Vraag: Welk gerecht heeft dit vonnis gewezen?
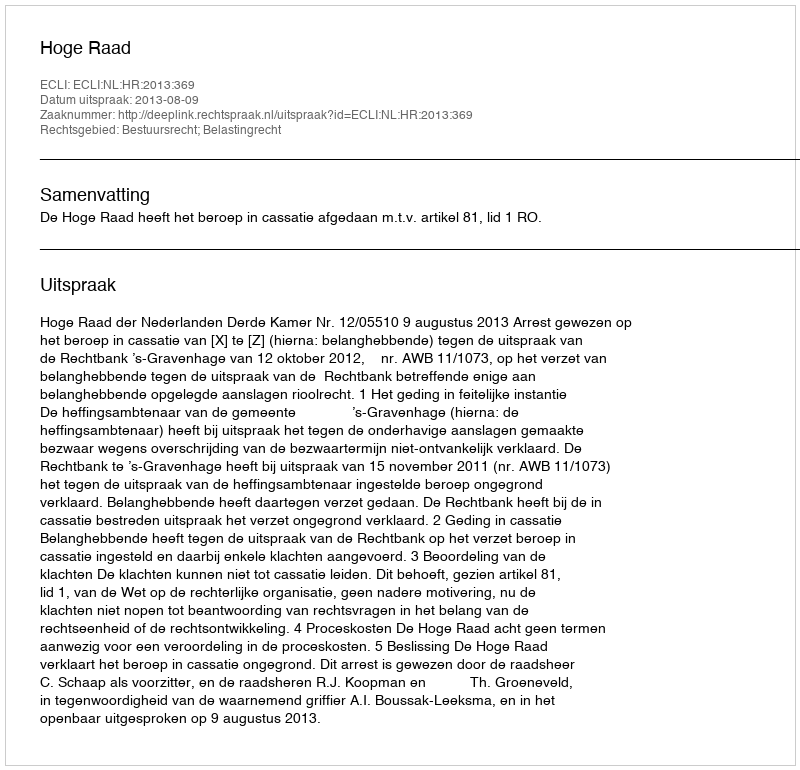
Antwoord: Hoge Raad